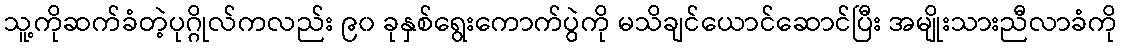
သူ့ကိုဆက်ခံတဲ့ပုဂ္ဂိုလ်ကလည်း ၉၀ ခုနှစ်ရွေးကောက်ပွဲကို မသိချင်ယောင်ဆောင်ပြီး အမျိုးသားညီလာခံကို